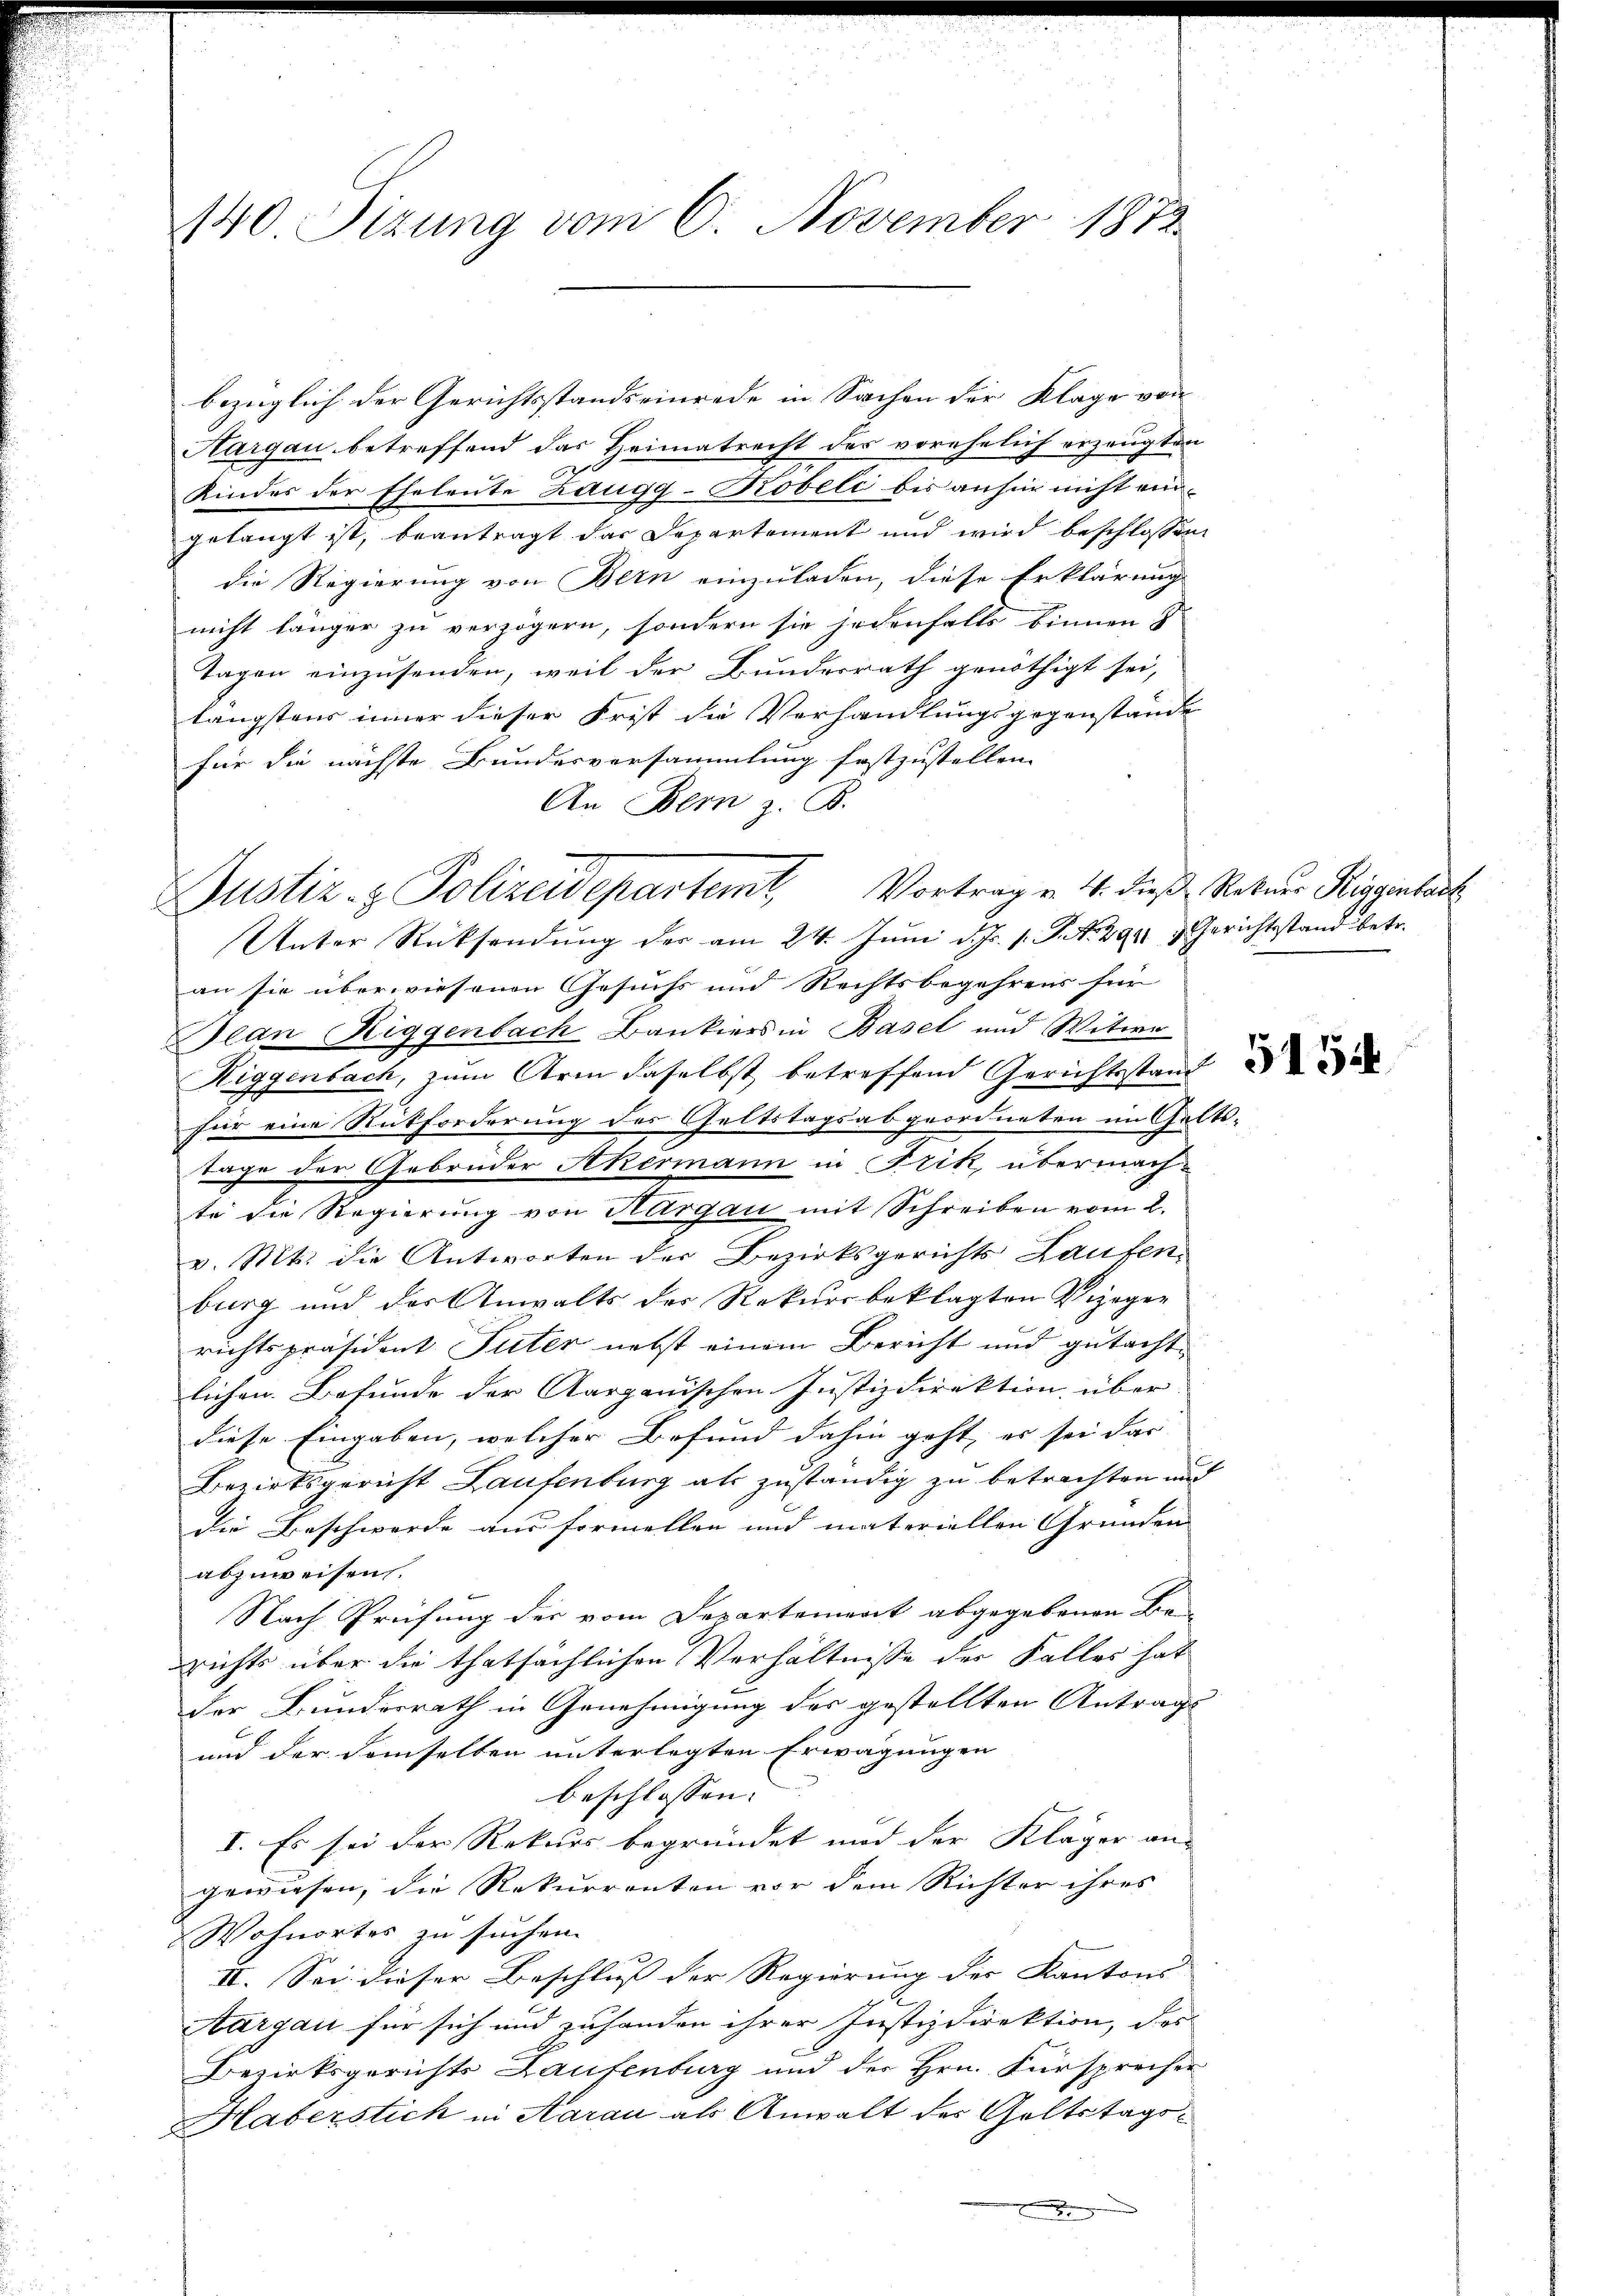
140 Sitzung vom 6. November 1872.

bezüglich der Gerichtsstandseinrede in Sachen der Klage von
Aargau betreffend das Heimatrecht der vorehelich erzeugten
Kindes der Eheleute Zaugg-Kobeli bis anhier nicht eingelangt ist, beantragt das Departement und wird beschlossen
die Regierung von Bern einzuladen, diese Erklärung
nicht länger zu verzögern, sondern sie jedenfalls binnen &
Tagen einzusenden, weil der Bundesrath genöthigt sei,
längstens inner dieser Frist die Verhandlungsgegenstände
für die nächste Bundesversammlung festzustellen.
An Bern z. B.
Unter Rücksendung der am 24. Juni d. Js. s. S. N. 294 & Gerichtsstand betr.
an sie überwiesenen Gesuchs und Rechtsbegehrens für
Jean Riggenbach Bankiers in Basel und Witwe
Riggenbach, zum Arm daselbst betreffend Gerichtsstand
für eine Rückforderung des Geltstagsabgeordneten im Gel-
tage der Gebrüder Akermann in Frik, übermachte die Regierŭng von Aargau mit Schreiben vom 2.
v. Mts. die Antworten der Bezirksgerichts Laufen
burg und der Anwalts der Rekursbeklagten Vizeger
richtspräsident Suter nebst einem Bericht und gutacht
lichen. Befunde der Aargauischen Justizdirektion über
diese Eingaben, welcher Befund dahin geht, er sei das
Bezirksgericht Laufenburg als zuständig zu betrachten und
die Beschwerde aus formellen und materiellen Gründen
abzuweisen.
Nach Prüfung der vom Departement abgegebenen Be-
richts über die thatsächlichen Verhältnisse der Falles hat
der Bundesrath in Genehmigung des gestellten Antrage
und der demselben unterlegten Erwägungen
beschlossen. |
I. Es sei der Rekurs begründet und der Kläger an-
gewiesen, die Rekurrenten vor dem Richter ihres
Wohnortes zu suchen.
II. Sei dieser Beschluß der Regierung der Kantons
Aargau für sich und zuhanden ihrer Justizdirektion, das
Bezirksgerichts Laufenburg und der Hrn. Fürsprecher
Haberstich in Aarau als Anwalt des Goltstagse

Justiz- & Polizeidepartemt. Vortrag v. 4. dieß Natur Riggenbach

M.

5154